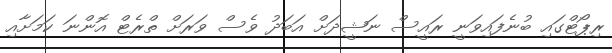
ރިޕޯޓްގައި ބުނެފައިވަނީ ރައީސް ނަޝީދަށް އަބަދު ވެސް ވަރަށް ތްރެޓް އޮންނަ ކަމަށާއި